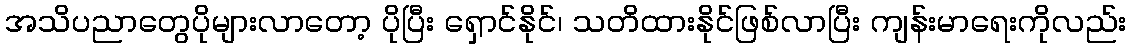
အသိပညာတွေပိုများလာတော့ ပိုပြီး ရှောင်နိုင်၊ သတိထားနိုင်ဖြစ်လာပြီး ကျန်းမာရေးကိုလည်း